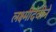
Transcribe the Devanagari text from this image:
लक्ष्मीदेवीने